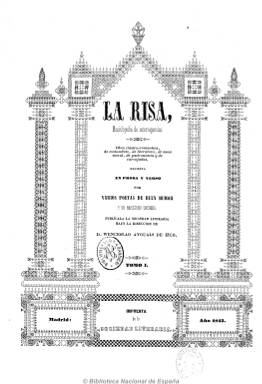
Título: La Risa (Madrid. 1843)
Colección: Revistas satíricas y humorísticas
Ámbito geográfico: Madrid
Lugar de publicación: Madrid
Fechas: 02/04/1843-15/09/1844

Es una de las revistas satíricas impresas, editadas y dirigidas por el novelista, dramaturgo, ensayista y poeta Wenceslao Ayguals de Izco (1801-1873), cuyas ganancias por el éxito de una de sus obras –convertida en best-seller de la época por su múltiples ediciones y traducciones- las invirtió en establecer, en 1843, la imprenta con el nombre Sociedad Literaria, a la que convirtió en un verdadero trust periodístico y de la que salieron o estuvieron ligadas a ella un buen número de revistas satíricas y otras publicaciones del periodo romántico (Comellas: 1998). Para su labor editorial, Ayguals se rodeó de una veintena de literatos del momento, entre los que estaban Zorrilla, Bretón, Hartzenbusch, Martínez Villergas, Gil de Zárate o Aribau, y de ilustradores como Benedicto, Vallejo, Urrabieta o París, entre otros. Se ha dicho que las publicaciones de Ayguals fueron tecnológicamente avanzadas en su diseño y composición y por su excelente uso de ilustraciones (grabados, litografías o iniciales decorativas), y La Risa siguió ese modelo utilizado en otras de sus revistas, como La Carcajada (1843-1844), El Dómine Lucas (1844-1846), El Fandango (1844-1846) o La linterna mágica (1849-1850), marcando el rumbo que deberían seguir a partir de entonces las publicaciones festivas para alcanzar el éxito.

Entre el final de la regencia esparterista y a lo largo de la década moderada que inicia el periodo isabelino, la prensa satírica española experimentó un acusado desarrollo de manos del polifacético Ayguals, que como político de avanzadas ideas y masón hará un viaje desde el progresismo a la democracia, acabando en el republicanismo, y de un personaje que le acompaña en su aventura, que no es otro que el citado Juan Martínez Villergas (1816-1894), considerado como el más grande entre los poetas satíricos del diecinueve. La Risa, pues, está enmarcada en ese ciclo romántico, periodo en el que la sátira y las burlas a todo lo que representaba ese movimiento fue algo generalizado (E. Rubio Cremades: 1984), siendo esta revista en donde aparecerán, probablemente, las críticas más desaforadas contra el romanticismo y siendo Ayguals el que más porfió en continuar la tendencia que transformó la sátira en parodia (Comellas: 1998).

Comienza a publicarse el ocho de octubre de 1843. Su subtítulo será “enciclopedia de extravagancias”, a la que se añadirá la indicación “obra clásico-romántica, de costumbres, de literatura, de sana moral, de gastronomía y de carcajadas, escrita en prosa y verso por varios poetas de buen humor y un habilísimo cocinero”. Este no es otro que el hermano del director, Sergio Ayguals Izco, con quien compartía la propiedad de la empresa tipográfica y quien, bajo el seudónimo Don Abundio Estofado, será el autor de la sección Ambigú, insertada al final de cada entrega, que es un tratado de cocina.

Los números –en 8º- de la publicación serán de ocho páginas, compuestas a dos columnas, que formarán tres tomos, comenzando el segundo, con el del ocho de octubre de 1843 y, el tercero, el 31 de mayo de 1844. En total publica 75 entregas dominicales, y en la última, del 15 de septiembre de ese año 1844, utilizará unas orlas fúnebres para despedirse y escribir su epitafio: “Cae muerta La Risa”, “a pesar de contar con más suscritores que nunca, porque el vil interés no cura las llagas del corazón, y el corazón de La Risa está horriblemente lacerado con las angustias y nunca bien llorada muerte de la masculina perla de las cocinas”, es decir, el final de esa sección denominada Ambigú. La colección de la BNE procede de la Biblioteca de D.F.A. Barbieri, en donde las entregas indican “segunda edición” Publica asimismo índices.

Entre los autores de sus textos, además de los hermanos Ayguals y Martínez Villergas, se encuentran Santos López Pelegrín (Abenamar), Vicente Álvarez Miradan, Benito Amado, Eduardo Asquerino, José Bernat Baldoví, José María Bonilla, Antonio Flores, Modesto Lafuente (Fr. Gerundio), Antonio Gil Zárate, Miguel Agustín (Príncipe), Eulogio Florentino Sanz, José Zorrilla, Alfonso García Tejero, Antonio Ribot y Fontseré o Ramón Valladares y Saavedra, entre otros.

Además de los grabados de madera en los textos (festivos y satíricos romances, odas, epigramas y otras graciosas composiciones), con dibujos de caricaturas de tipos o escenas joco-costumbristas y otros recursos gráficos, editó para sus suscriptores una docena de retratos (procedentes en su mayor parte de la litografía de Manini) de los escritores (casi todos éllos en plena juventud) que ofrecieron su pluma a la empresa editorial comandada por Wenceslao Ayguals, incluidos el de éste y el de su hermano, así como el de una joven Carolina Coronado (1820-1911), la única literata de su generación que se atrevió a publicar en La Risa de Ayguals (Galas postizas, p. 165; pero también otros textos anónimos). Pero aquélla caricatura de una Carolina travestida que se repartió entre los suscritores, las mofas a una poetisa a mitad de camino entre dos sexos, retratada -con levita y mandil-, o la sugerencia jocosa de Martínez de Villergas sobre la catalepsia o falsa muerte, fingida por la autora con fines publicitarios, no fue precisamente un plácido recuerdo para élla (Carmen Fernández Daza Álvarez: 2012). Entre los autores que se han ocupado de la labor periodística de Ayguals o de la prensa satírica del periodo, además de los ya citados, se encuentran Víctor Carrillo (1977), López Cruz (1992), Álvarez Barrantes (1995) o Baulo (2005). José Luis Menéndez publicó un breve artículo sobre los poetas de La Risa en la revista Blanco y negro del 27 de enero de 1924.